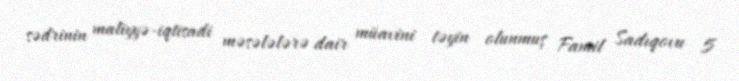
sədrinin maliyyə-iqtisadi məsələlərə dair müavini təyin olunmuş Famil Sadıqovu 5